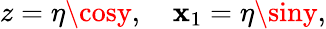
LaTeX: z=\eta\cosy,\quad\mathbf{x}_{1}=\eta\siny,